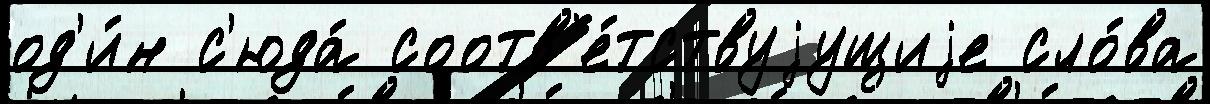
од'и́н с'юда́ соотв'е́тствуjущиjе сло́ва